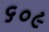
૬૦૯